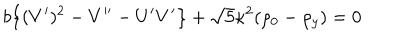
b \big \{ ( V ^ { \prime } ) ^ { 2 } - V ^ { \prime \prime } - U ^ { \prime } V ^ { \prime } \big \} + \sqrt { 5 } \kappa ^ { 2 } ( \rho _ { 0 } - \rho _ { y } ) = 0